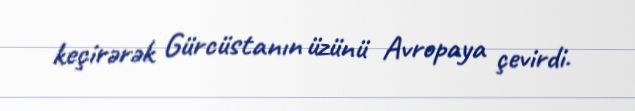
keçirərək Gürcüstanın üzünü Avropaya çevirdi.